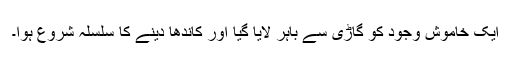
ایک خاموش وجود کو گاڑی سے باہر لایا گیا اور کاندھا دینے کا سلسلہ شروع ہوا۔